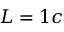
L = 1 c